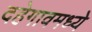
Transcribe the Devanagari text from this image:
दहेगावमध्ये